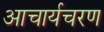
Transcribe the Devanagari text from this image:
आचार्यचरण